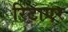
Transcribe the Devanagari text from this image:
रिटाएर